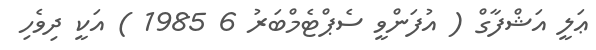
ޢަލީ އަޝްފާގް ( އުފަންވީ ސެޕްޓެމްބަރު 6 1985 ) އަކީ ދިވެހި